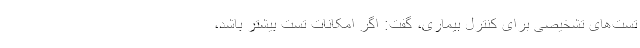
تست‌های تشخیصی برای کنترل بیماری، گفت: اگر امکانات تست بیشتر باشد،